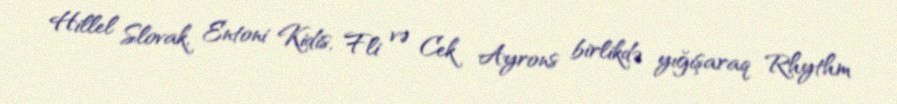
Hillel Slovak, Entoni Kidis, Fli və Cek Ayrons birlikdə yığışaraq Rhythm